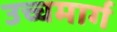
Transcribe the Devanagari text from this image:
उच्चमार्ग